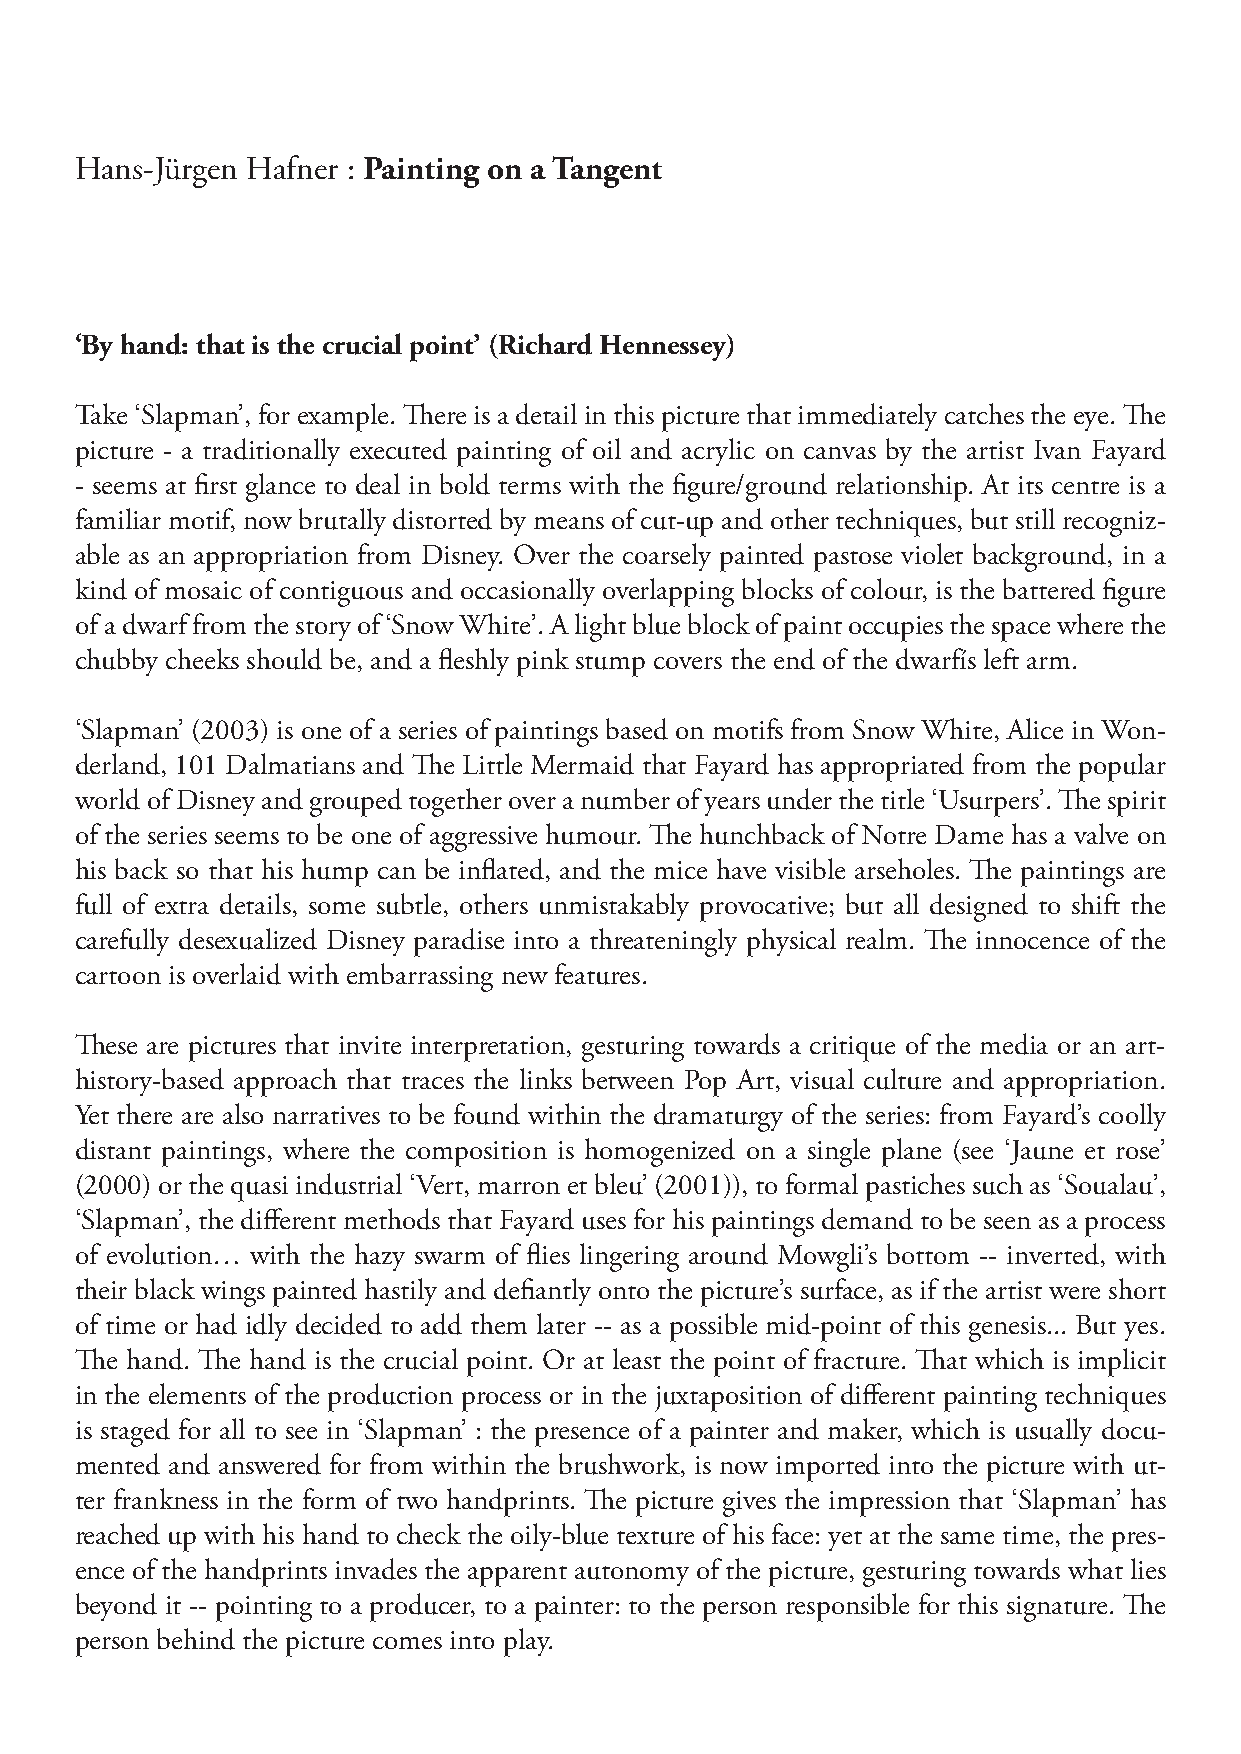
Hans-Jürgen Hafner : Painting on a Tangent
 ‘By hand: that is the crucial point’ (Richard Hennessey)
 Take ‘Slapman’, for example. There is a detail in this picture that immediately catches the eye. The
 picture - a traditionally executed painting of oil and acrylic on canvas by the artist Ivan Fayard
 - seems at first glance to deal in bold terms with the figure/ground relationship. At its centre is a
 familiar motif, now brutally distorted by means of cut-up and other techniques, but still recogniz-
 able as an appropriation from Disney. Over the coarsely painted pastose violet background, in a
 kind of mosaic of contiguous and occasionally overlapping blocks of colour, is the battered figure
 of a dwarf from the story of ‘Snow White’. A light blue block of paint occupies the space where the
 chubby cheeks should be, and a fleshly pink stump covers the end of the dwarfís left arm.
 ‘Slapman’ (2003) is one of a series of paintings based on motifs from Snow White, Alice in Won-
 derland, 101 Dalmatians and The Little Mermaid that Fayard has appropriated from the popular
 world of Disney and grouped together over a number of years under the title ‘Usurpers’. The spirit
 of the series seems to be one of aggressive humour. The hunchback of Notre Dame has a valve on
 his back so that his hump can be inflated, and the mice have visible arseholes. The paintings are
 full of extra details, some subtle, others unmistakably provocative; but all designed to shift the
 carefully desexualized Disney paradise into a threateningly physical realm. The innocence of the
 cartoon is overlaid with embarrassing new features.
 These are pictures that invite interpretation, gesturing towards a critique of the media or an art-
 history-based approach that traces the links between Pop Art, visual culture and appropriation.
 Yet there are also narratives to be found within the dramaturgy of the series: from Fayard’s coolly
 distant paintings, where the composition is homogenized on a single plane (see ‘Jaune et rose’
 (2000) or the quasi industrial ‘Vert, marron et bleu’ (2001)), to formal pastiches such as ‘Soualau’,
 ‘Slapman’, the different methods that Fayard uses for his paintings demand to be seen as a process
 of evolution… with the hazy swarm of flies lingering around Mowgli’s bottom -- inverted, with
 their black wings painted hastily and defiantly onto the picture’s surface, as if the artist were short
 of time or had idly decided to add them later -- as a possible mid-point of this genesis... But yes.
 The hand. The hand is the crucial point. Or at least the point of fracture. That which is implicit
 in the elements of the production process or in the juxtaposition of different painting techniques
 is staged for all to see in ‘Slapman’ : the presence of a painter and maker, which is usually docu-
 mented and answered for from within the brushwork, is now imported into the picture with ut-
 ter frankness in the form of two handprints. The picture gives the impression that ‘Slapman’ has
 reached up with his hand to check the oily-blue texture of his face: yet at the same time, the pres-
 ence of the handprints invades the apparent autonomy of the picture, gesturing towards what lies
 beyond it -- pointing to a producer, to a painter: to the person responsible for this signature. The
 person behind the picture comes into play.